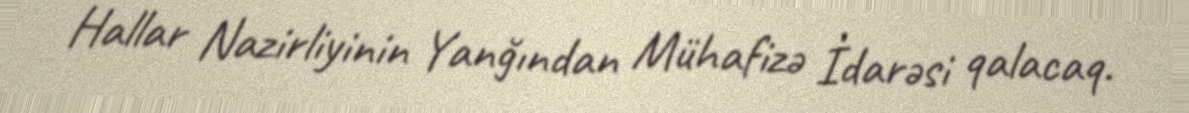
Hallar Nazirliyinin Yanğından Mühafizə İdarəsi qalacaq.